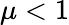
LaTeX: \mu<1